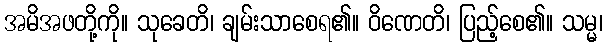
အမိအဖတို့ကို။ သုခေတိ၊ ချမ်းသာစေရ၏။ ဝိဏေတိ၊ ပြည့်စေ၏။ သမ္မ၊